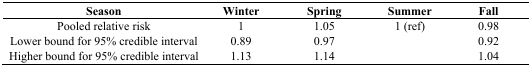
<table><thead><tr><td><b>Season</b></td><td><b>Winter</b></td><td><b>Spring</b></td><td><b>Summer</b></td><td><b>Fall</b></td></tr></thead><tbody><tr><td>Pooled relative risk</td><td>1</td><td>1.05</td><td>1 (ref)</td><td>0.98</td></tr><tr><td>Lower bound for 95% credible interval</td><td>0.89</td><td>0.97</td><td></td><td>0.92</td></tr><tr><td>Higher bound for 95% credible interval</td><td>1.13</td><td>1.14</td><td></td><td>1.04</td></tr></tbody></table>